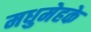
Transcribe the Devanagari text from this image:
मधुमेहके